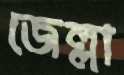
জেল্লা